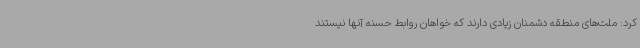
کرد: ملت‌های منطقه دشمنان زیادی دارند که خواهان روابط حسنه آنها نیستند